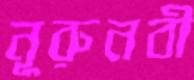
নূরুনবী